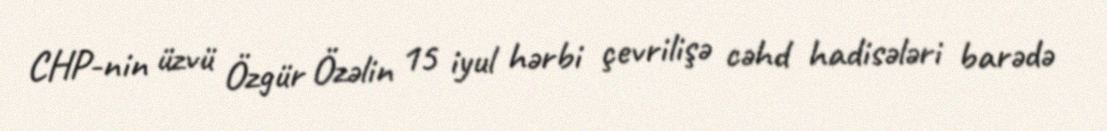
CHP-nin üzvü Özgür Özəlin 15 iyul hərbi çevrilişə cəhd hadisələri barədə